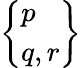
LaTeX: \left\{ {\begin{array}{l}{p}\\ {q,r}\end{array}}\right\}